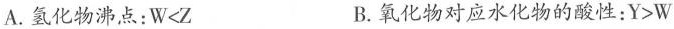
A.氢化物沸点：$$W<Z$$ B.氧化物对应水化物的酸性：$$Y>W$$